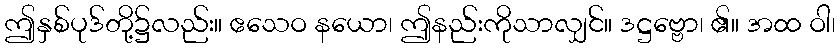
ဤနှစ်ပုဒ်တို့၌လည်း။ ဧသေဝ နယော၊ ဤနည်းကိုသာလျှင်။ ဒဋ္ဌဗ္ဗော၊ ၏။ အထ ဝါ၊